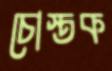
চোস্তক